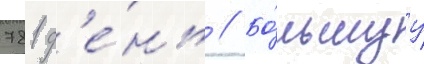
781 д'е́нь // Бо́льшуу